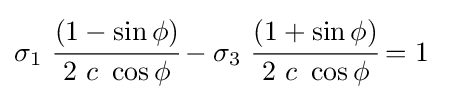
\sigma _{1}~{\cfrac {(1-\sin \phi )}{2~c~\cos \phi }}-\sigma _{3}~{\cfrac {(1+\sin \phi )}{2~c~\cos \phi }}=1~